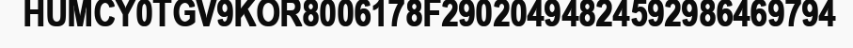
HUMCY0TGV9KOR8006178F29020494824592986469794